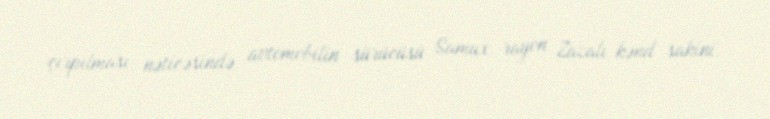
çırpılması nəticəsində, avtomobilin sürücüsü Samux rayon Zazalı kənd sakini,